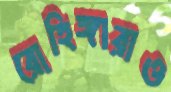
রোহিঙ্গারাও